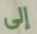
إلى